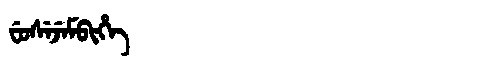
Manchu: ᠸᡠᠰᡝᠵᡝᠮᠪᡳᡥᡝ
Romanization: FUSEJEMBIHE